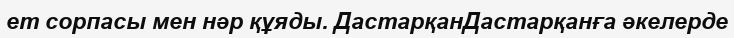
ет сорпасы мен нәр құяды. ДастарқанДастарқанға әкелерде